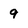
Character: 9